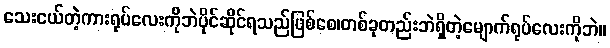
သေးငယ်တဲ့ကားရုပ်လေးကိုဘဲပိုင်ဆိုင်ရသည်ဖြစ်စေ၊တစ်ခုတည်းဘဲရှိတဲ့မျောက်ရုပ်လေးကိုဘဲ။